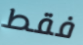
فقط